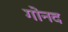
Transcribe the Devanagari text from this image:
गोनद